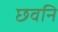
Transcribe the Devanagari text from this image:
छवनि